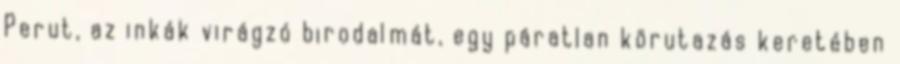
Perut, az inkák virágzó birodalmát, egy páratlan körutazás keretében